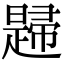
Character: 𢅨